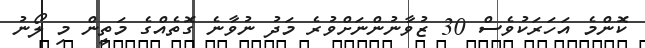
ކޮންމެ އަހަރަކުވެސް 30 ޒުވާނުންނަށްވުރެ މަދު ނުވާނެ ގޮތެއްގެ މަތީން މި ލޯނު